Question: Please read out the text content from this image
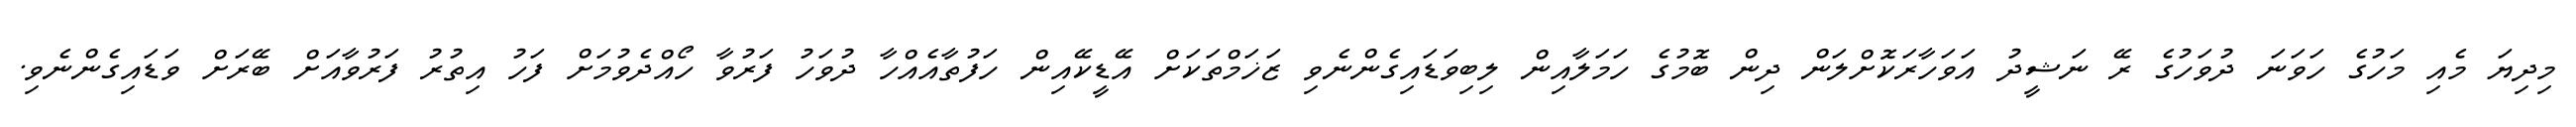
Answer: މިދިޔަ މެއި މަހުގެ ހަވަނަ ދުވަހުގެ ރޭ ނަޝީދު އަވަހާރަކޮށްލަން ދިން ބޮމުގެ ހަމަލާއިން ލިބިވަޑައިގެންނެވި ޒަޚަމްތަކަށް އޭޑީކޭއިން ހަފުތާއެއްހާ ދުވަހު ފަރުވާ ހޯއްދެވުމަށް ފަހު އިތުރު ފަރުވާއަށް ބޭރަށް ވަޑައިގެންނެވި.